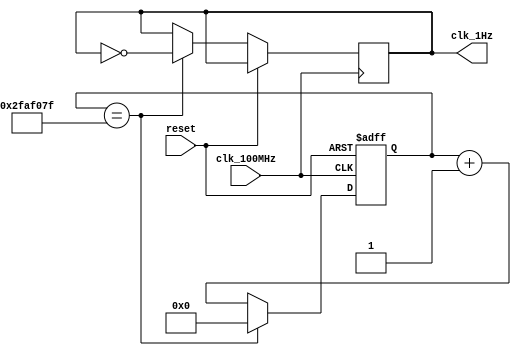
// This program was cloned from: https://github.com/FPGADude/Digital-Design
// License: GNU General Public License v3.0

`timescale 1ns / 1ps

module oneHz_gen(
    input clk_100MHz,   // from BASYS 3
    input reset,        // btnC on BASYS 3
    output clk_1Hz
    );
    
    reg clk_1Hz_reg = 0;
    reg [25:0] counter_reg;
    
    always @(posedge clk_100MHz or posedge reset) begin
        if(reset)
            counter_reg <= 0;
        else
            if(counter_reg == 49_999_999) begin
                counter_reg <= 0;
                clk_1Hz_reg <= ~clk_1Hz_reg;
            end    
            else
                counter_reg <= counter_reg + 1;
    end
    
    assign clk_1Hz = clk_1Hz_reg;
    
endmodule